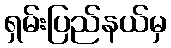
ရှမ်းပြည်နယ်မှ